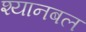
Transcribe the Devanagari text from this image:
श्यानबल